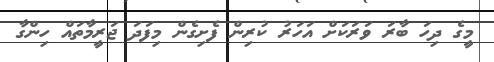
މީގެ ދިހަ ބާރަ ވަރަކަށް އަހަރު ކުރިން ފެށިގެން މިފަދަ ޖަރީމާތައް ހިންގާ